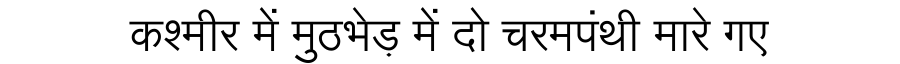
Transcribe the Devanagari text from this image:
कश्मीर में मुठभेड़ में दो चरमपंथी मारे गए